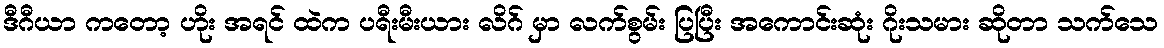
ဒီဂီယာ ကတော့ ဟိုး အရင် ထဲက ပရီးမီးယား လိဂ် မှာ လက်စွမ်း ပြပြီး အကောင်းဆုံး ဂိုးသမား ဆိုတာ သက်သေ